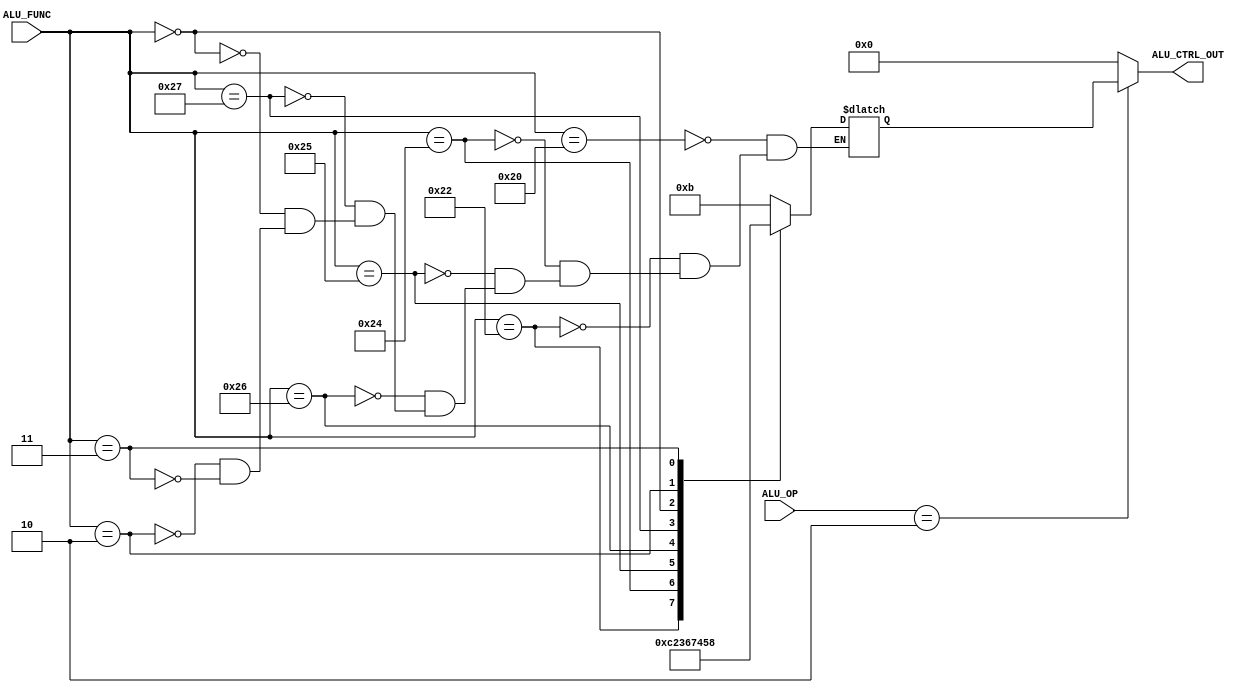
/****************************************************************************************

	File name    : ALU_control
	LastEditors  : H
	LastEditTime : 2021-09-26 17:29:05
	Last Version : 1.0
	Description  : 
	
	----------------------------------------------------------------------------------------
	
	Author       : H
	Date         : 2021-09-26 17:29:04
	FilePath     : \MIPS_32_bit\ALU_control.v
	Copyright 2021 H, All Rights Reserved. 

****************************************************************************************/
module ALU_control (
    input   [3:0]   ALU_OP,
    input   [5:0]   ALU_FUNC,

    output reg [3:0]   ALU_CTRL_OUT
);
    wire	[7:0]	ALU_CONTROLIN;
	reg		[3:0]	FUNC_CODE;
	//assign	ALU_CONTROLIN = {ALU_OP,ALU_FUNC};

	always @(*) begin
		case (ALU_OP)
			4'b0010: ALU_CTRL_OUT = FUNC_CODE;	// r type
			default: ALU_CTRL_OUT = 4'b0;
		endcase
	end

	always @(*) begin
		case (ALU_FUNC)
			6'b100000: FUNC_CODE = 4'b1011;//add
			6'b100010: FUNC_CODE = 4'b1100;//sub
			6'b100100: FUNC_CODE = 4'b0010;//and
			6'b100101: FUNC_CODE = 4'b0011;//or
			6'b100110: FUNC_CODE = 4'b0110;//xor
			6'b100111: FUNC_CODE = 4'b0111;//nor
			6'b000000: FUNC_CODE = 4'b0100;//sll
			6'b000010: FUNC_CODE = 4'b0101;//srl
			6'b000011: FUNC_CODE = 4'b1000;//sra
			default: ;
		endcase
	end
endmodule